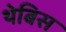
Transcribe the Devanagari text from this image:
थेबिस